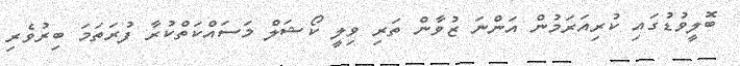
ބޮލީވުޑުގައި ކުރިއަރަމުން އަންނަ ޒުވާން ތަރި ވިލީ ކޯޝަލް މަސައްކަތްކުރާ ފުރަތަމަ ބިރުވެރި